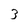
Character: 3